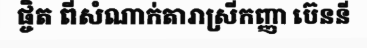
ផ្ចិត ពីសំណាក់តារាស្រីកញ្ញា ប៊េននី